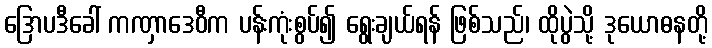
ဒြောပဒီခေါ် ကဏှာဒေဝီက ပန်းကုံးစွပ်၍ ရွေးချယ်ရန် ဖြစ်သည်၊ ထိုပွဲသို့ ဒုယောဓနတို့